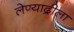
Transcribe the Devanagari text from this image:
लेण्याद्रीला